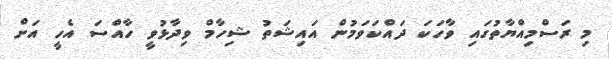
މި ރަސްމިއްޔާތުގައި ވާހަކަަ ދައްކަވަމުން އައިޝަތު ޝިހާމް ވިދާޅުވީ ހާއްސަ އެހީ އަށް